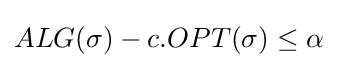
ALG(\sigma )-c.OPT(\sigma )\leq \alpha